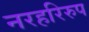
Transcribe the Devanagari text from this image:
नरहरिरुप